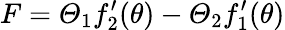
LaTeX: F=\varTheta_{1}f_{2}^{\prime}(\theta)-\varTheta_{2}f_{1}^{\prime}(\theta)